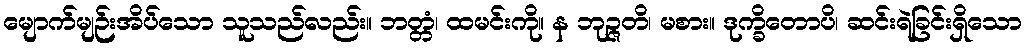
မျောက်မျဉ်းအိပ်သော သူသည်လည်း။ ဘတ္တံ၊ ထမင်းကို။ န ဘုဉ္ဇတိ၊ မစား။ ဒုက္ခိတောပိ၊ ဆင်းရဲခြင်းရှိသော